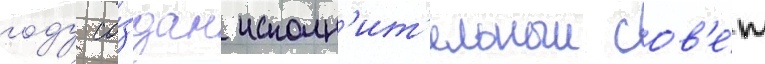
году со́здан исполн'ит'ельныи сов'е́т